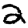
Digit: 2